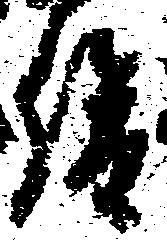
俊